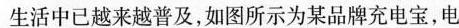
生活中已越来越普及，如图所示为某品牌充电宝，电